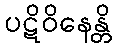
ပဋိဝိနေန္တိ